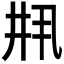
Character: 𫡳